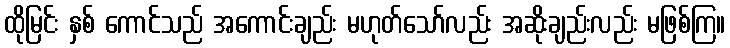
ထိုမြင်း နှစ် ကောင်သည် အကောင်းချည်း မဟုတ်သော်လည်း အဆိုးချည်းလည်း မဖြစ်ကြ။